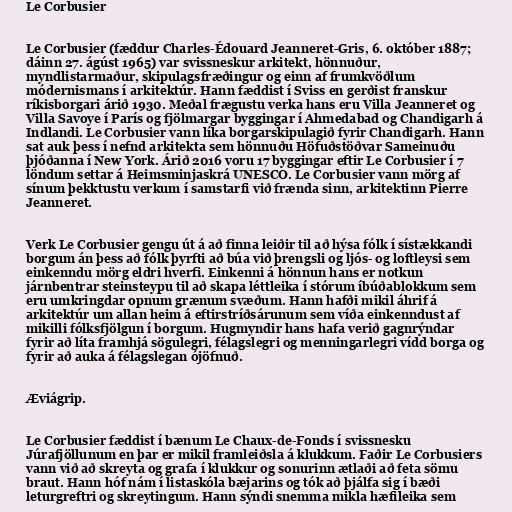
Le Corbusier

Le Corbusier (fæddur Charles-Édouard Jeanneret-Gris, 6. október 1887;
dáinn 27. ágúst 1965) var svissneskur arkitekt, hönnuður,
myndlistarmaður, skipulagsfræðingur og einn af frumkvöðlum
módernismans í arkitektúr. Hann fæddist í Sviss en gerðist franskur
ríkisborgari árið 1930. Meðal frægustu verka hans eru Villa Jeanneret og
Villa Savoye í París og fjölmargar byggingar í Ahmedabad og Chandigarh á
Indlandi. Le Corbusier vann líka borgarskipulagið fyrir Chandigarh. Hann
sat auk þess í nefnd arkitekta sem hönnuðu Höfuðstöðvar Sameinuðu
þjóðanna í New York. Árið 2016 voru 17 byggingar eftir Le Corbusier í 7
löndum settar á Heimsminjaskrá UNESCO. Le Corbusier vann mörg af
sínum þekktustu verkum í samstarfi við frænda sinn, arkitektinn Pierre
Jeanneret.

Verk Le Corbusier gengu út á að finna leiðir til að hýsa fólk í sístækkandi
borgum án þess að fólk þyrfti að búa við þrengsli og ljós- og loftleysi sem
einkenndu mörg eldri hverfi. Einkenni á hönnun hans er notkun
járnbentrar steinsteypu til að skapa léttleika í stórum íbúðablokkum sem
eru umkringdar opnum grænum svæðum. Hann hafði mikil áhrif á
arkitektúr um allan heim á eftirstríðsárunum sem víða einkenndust af
mikilli fólksfjölgun í borgum. Hugmyndir hans hafa verið gagnrýndar
fyrir að líta framhjá sögulegri, félagslegri og menningarlegri vídd borga og
fyrir að auka á félagslegan ójöfnuð.

Æviágrip.

Le Corbusier fæddist í bænum Le Chaux-de-Fonds í svissnesku
Júrafjöllunum en þar er mikil framleiðsla á klukkum. Faðir Le Corbusiers
vann við að skreyta og grafa í klukkur og sonurinn ætlaði að feta sömu
braut. Hann hóf nám í listaskóla bæjarins og tók að þjálfa sig í bæði
leturgreftri og skreytingum. Hann sýndi snemma mikla hæfileika sem